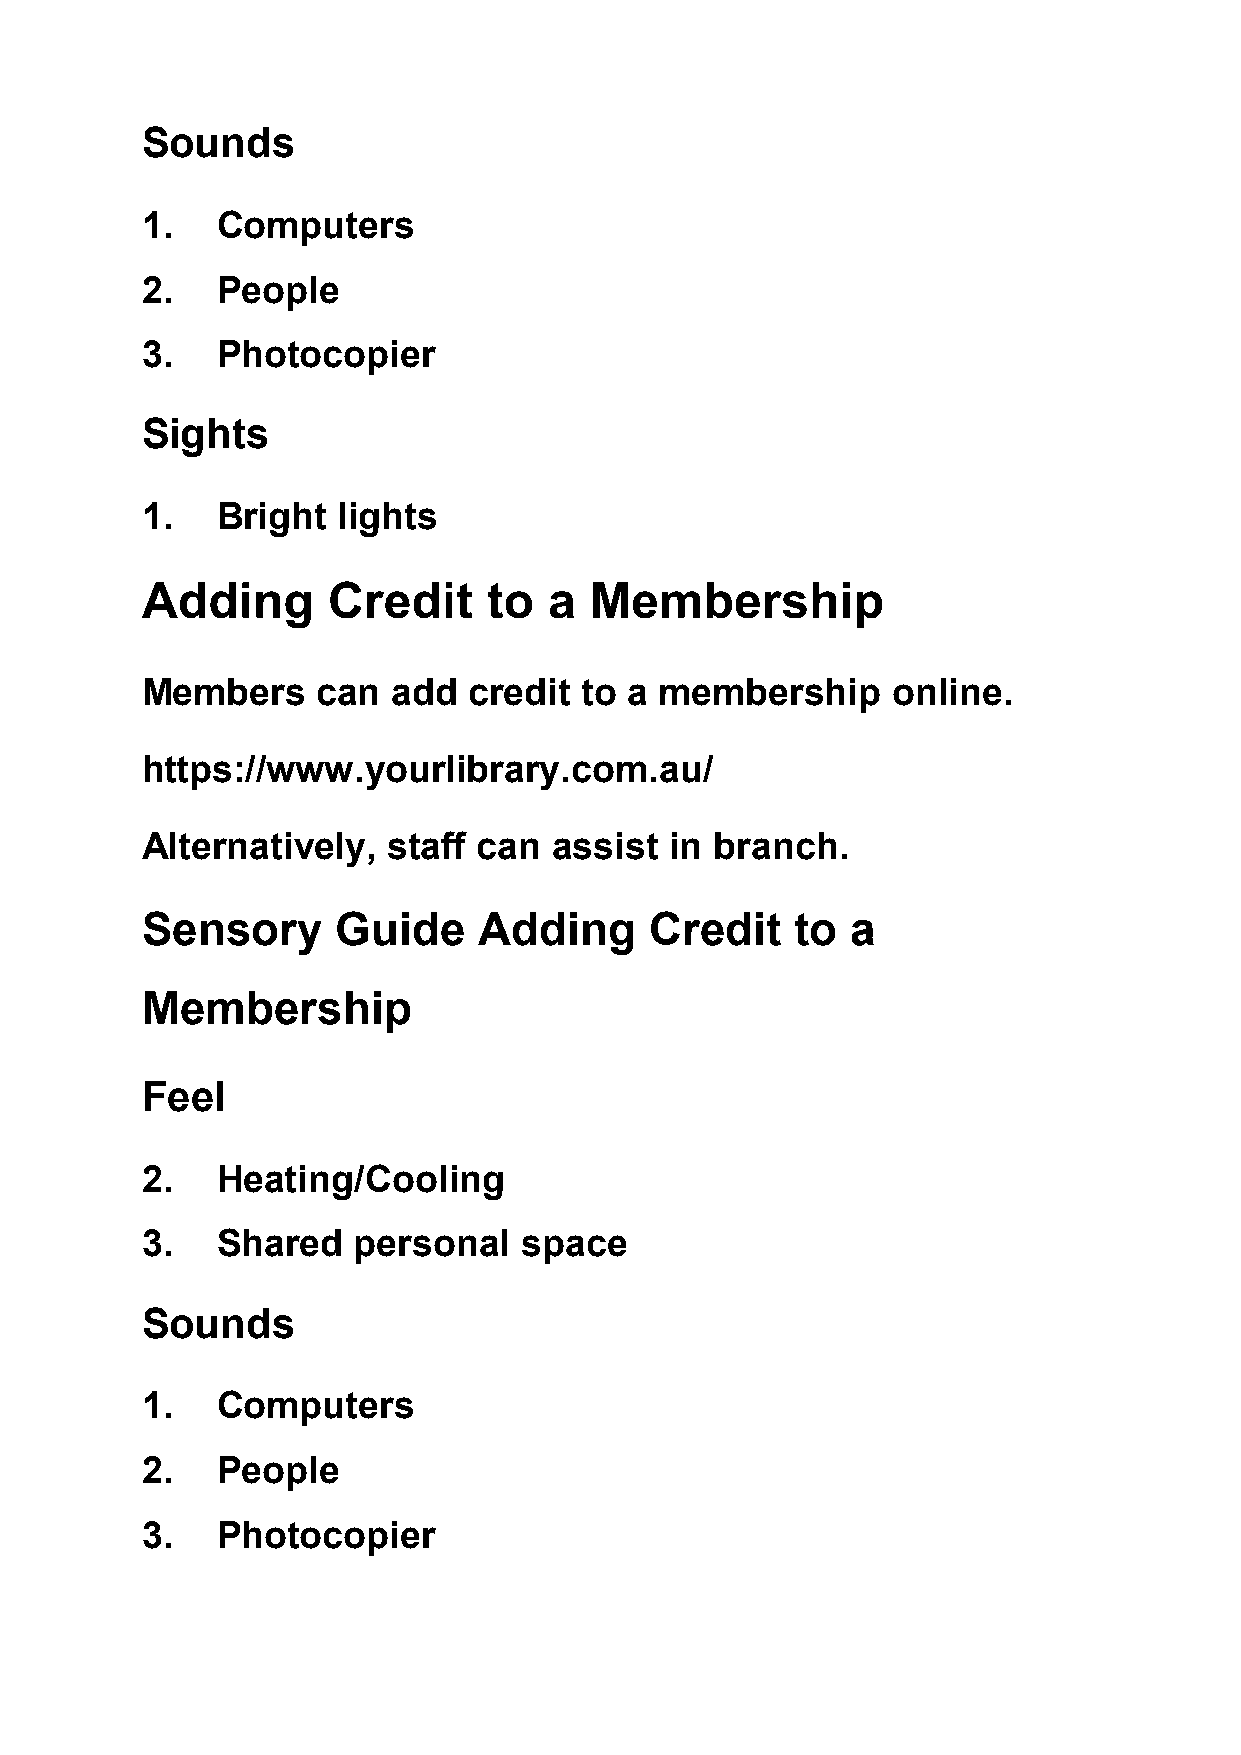
Sounds
 1.   Computers
 2.   People
 3.   Photocopier
 Sights
 1.   Bright  lights
 Adding       Credit    to  a  Membership
 Members     can  add  credit to  a membership     online.
 https://www.yourlibrary.com.au/
 Alternatively,   staff can  assist in branch.
 Sensory      Guide     Adding     Credit    to a
 Membership
 Feel
 2.   Heating/Cooling
 3.   Shared   personal    space
 Sounds
 1.   Computers
 2.   People
 3.   Photocopier